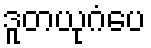
ဒူတယုဂံပေ